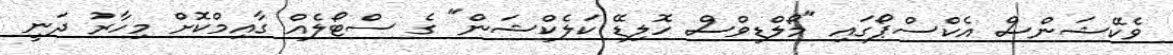
ވެކޭޝަންސް އެކްސްޕޯގައި "މޯލްޑިވްސް ހޮލިޑޭ ކަލެކްޝަން" ގެ ސްޓޯލެއް ގާއިމްކޮށް މިހާރު ދަނީ